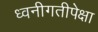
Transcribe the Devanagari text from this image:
ध्वनीगतीपेक्षा